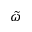
\tilde { \omega }